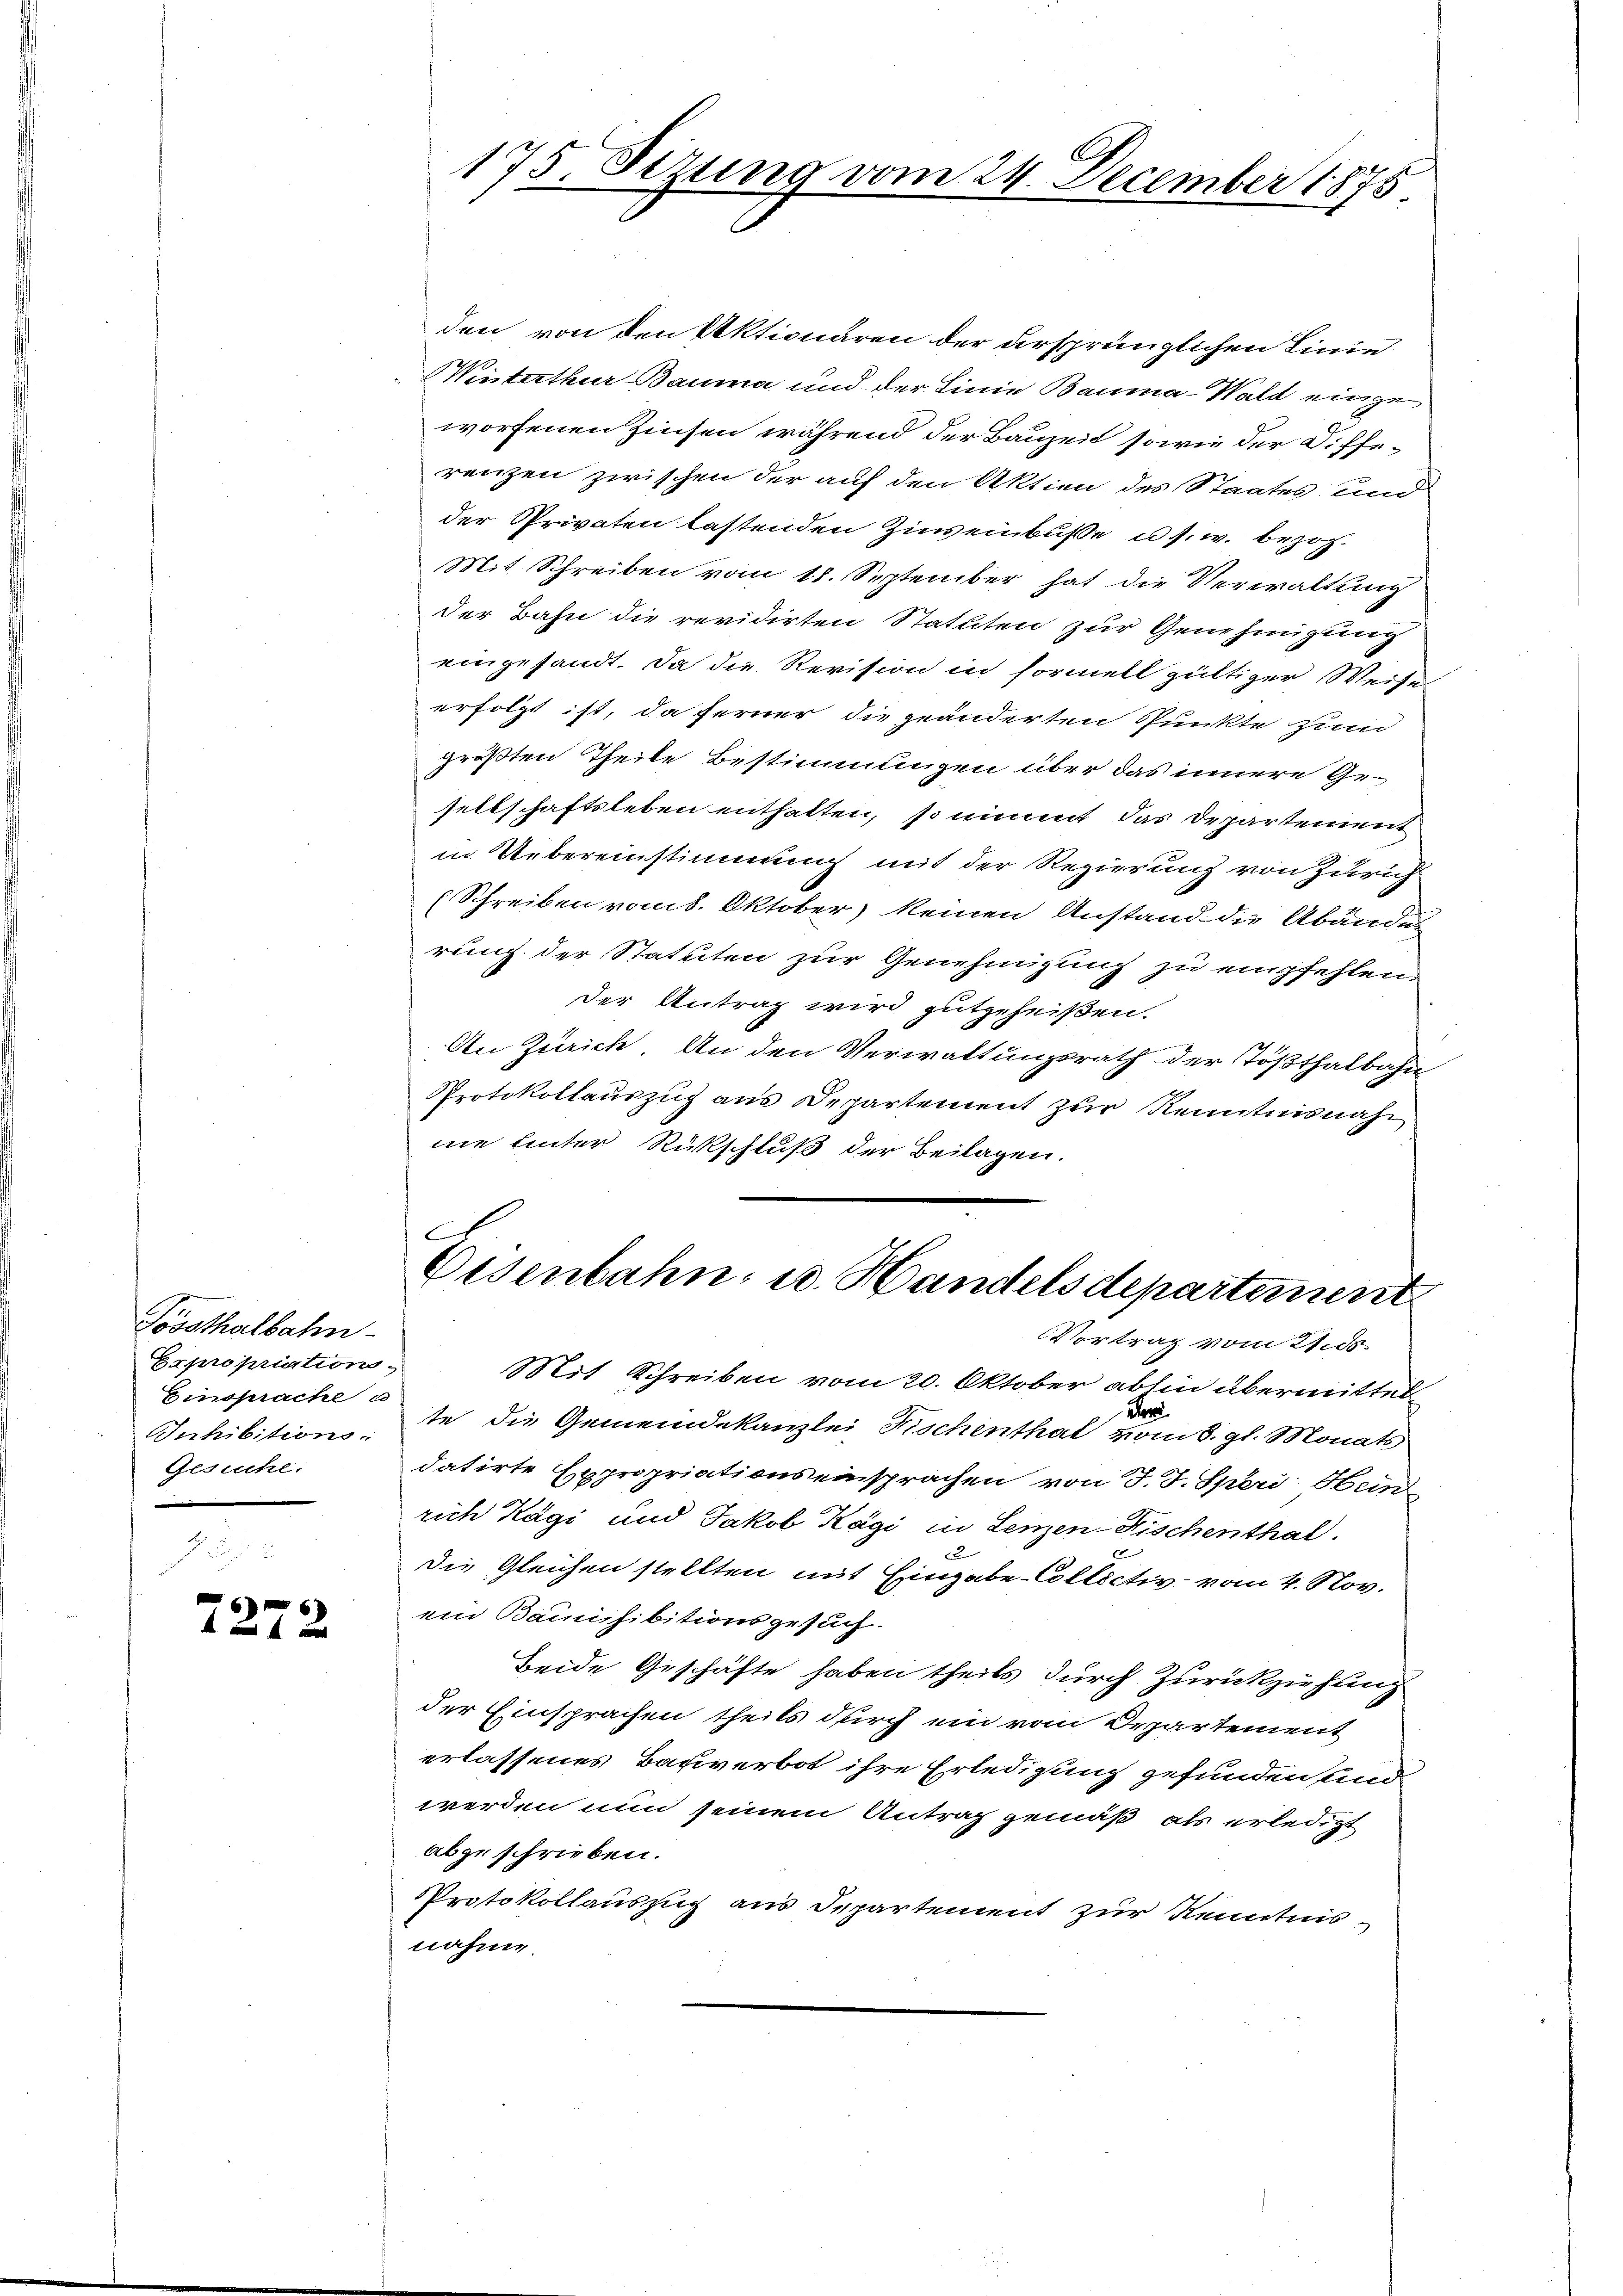
Soosthalbahn
Expropriation
Einsprache a
Inhibitions:
Gesuche.

2272

A
175. Sizung vom 24. December 1875

den von den Aktionären der ursprünglichen Linie
Winterthur Bauma und der Linie Bauma-Wald einzu
worfenen Zinsen während der Bauzeit sowie der Differenzen zwischen der auf den Aktien des Staates und
der Privaten lastenden Zinseinbuße u. s. w. bezo¬
Mit Schreiben vom 18. September hat die Verwaltung
der Bahn die revidirten Statuten zur Genehmigung
eingesandt. Da die Revision in formell gültiger Weisen
erfolgt ist, da ferner die geänderten Punkte zum
größten Theile Bestimmungen über das innere Gesellschaftsleben enthalten, so nimmt das Departement
in Uebereinstimmung mit der Regierung von Zürich
(Schreiben vom 8. Oktober) keinen Anstand die Abändes
rung der Statuten zur Genehmigung zu empfehlen
der Antrag wird gutgeheißen.
An Zürich. An den Verwaltungsrath der Tößthalbahn-
Protokollauszug aus Departement zur Kenntnisnah
nie hinter Rückschluß der Beilagen.

f
Eisenbahn, u. Handelsdepartement
Vortrag vom 21. ds.

Mit Schreiben vom 20. Oktober abhin übermittet
Herr
te die Gemeindekanzlei Fischenthal vom 3. gl. Monats
datirte Expropriationseinsprachen von J. J. Spéri, Hein
rich Kägi und Jakob Kägi in Lenzen-Fischenthal.
die Gleichen stellten mit Eingabe-Collectiv vom 4. Nov.
ein Bainhibitionsgesuch.
Beide Geschäfte haben theils durch Zurückziehung
der Einsprachen theils durch ein vom Departement
erlassenes Bauverbot ihre Erledigung gefunden und
werden nun seinem Antrag gemäß, als erledigt
abgeschrieben.
Protokollauszug aus Departement zur Kenntnis-
nahme.